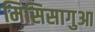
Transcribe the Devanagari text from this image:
मिसिसागुआ